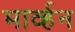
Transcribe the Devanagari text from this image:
मार्व्हन